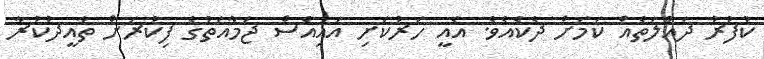
ކުފުރު ދައުލަތެއް ކަމަށް ދެކެއެވެ. އެއީ ހަރުކަށި އައިއެސް ޖަމާއަތުގެ ފިކުރަށް ތާއީދުކުރާ